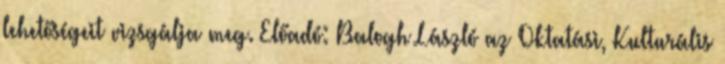
lehetőségeit vizsgálja meg. Előadó: Balogh László az Oktatási, Kulturális